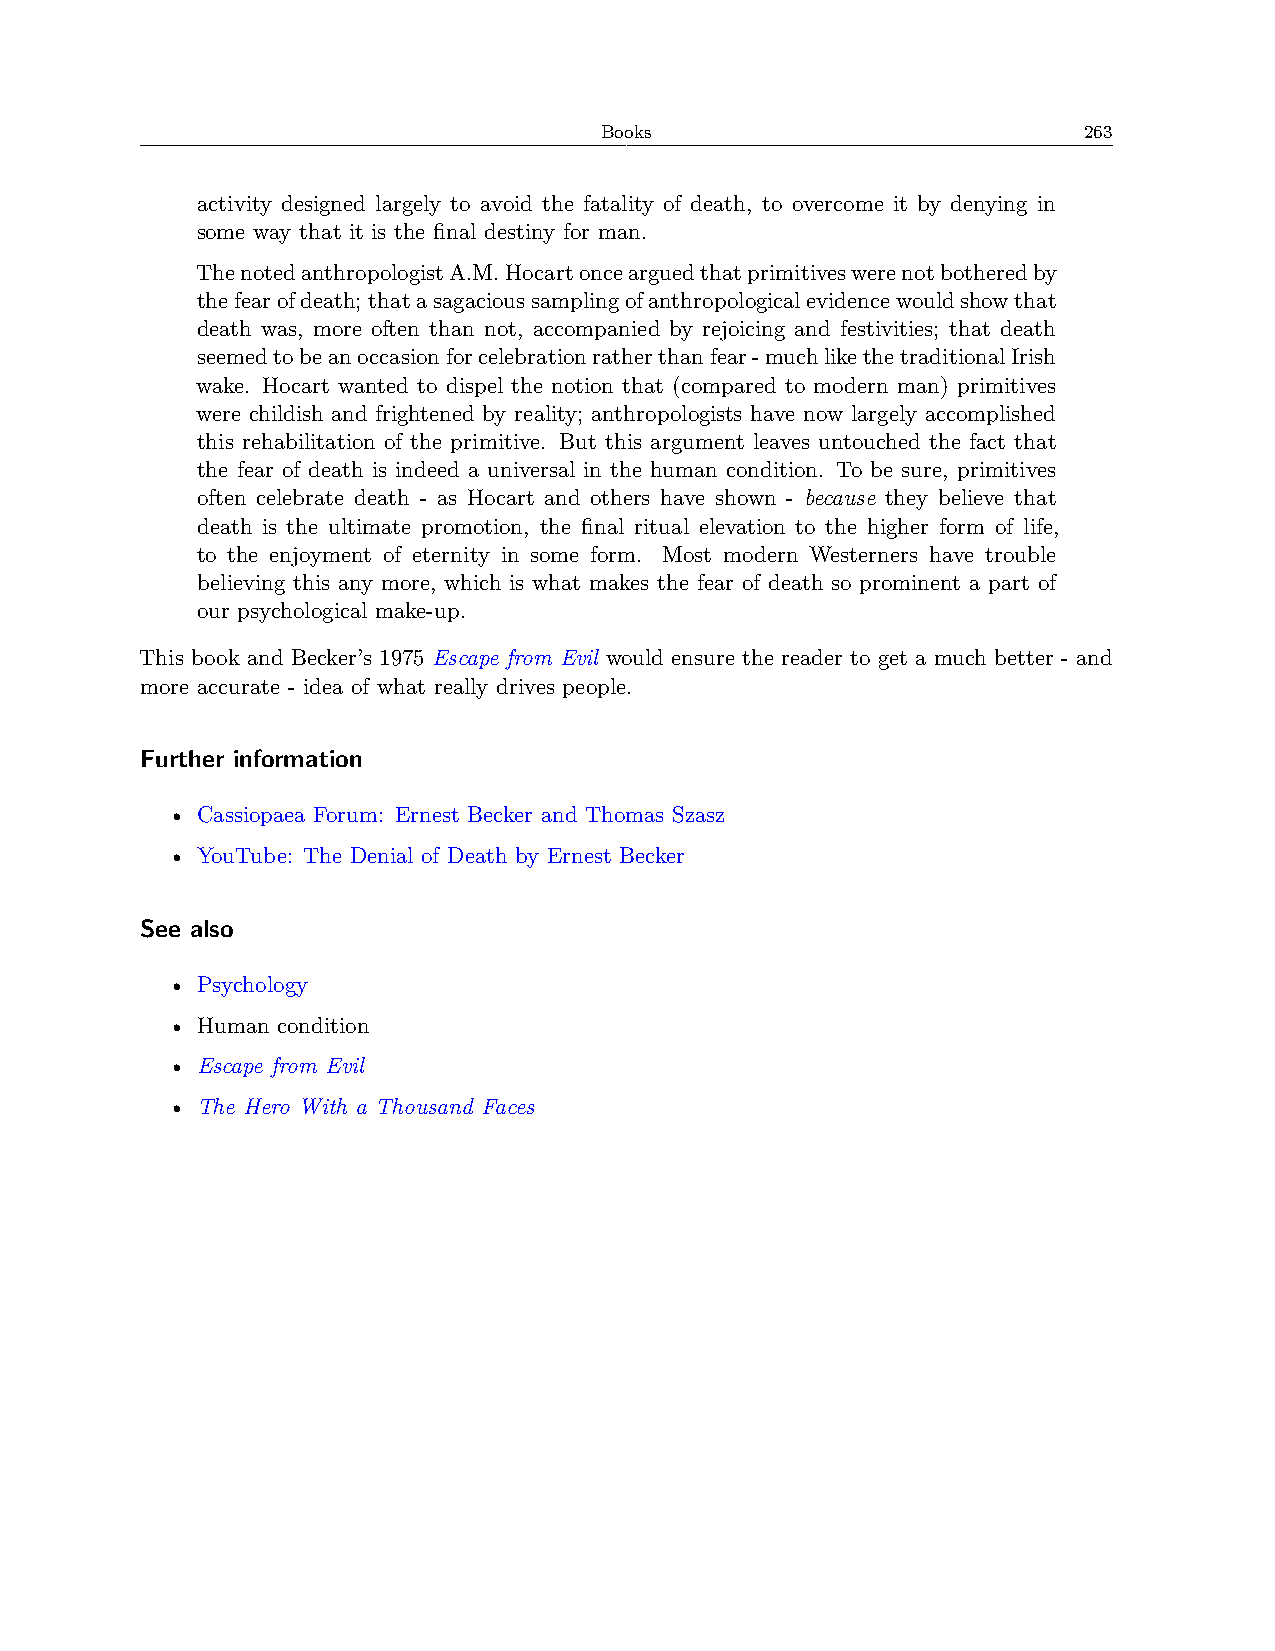
Books                           263
 activity designed largely to avoid the fatality of death, to overcome it by denying in
 some way that it is the final destiny for man.
 ThenotedanthropologistA.M.Hocartoncearguedthatprimitiveswerenotbotheredby
 thefearofdeath;thatasagacioussamplingofanthropologicalevidencewouldshowthat
 death was, more often than not, accompanied by rejoicing and festivities; that death
 seemedtobeanoccasionforcelebrationratherthanfear-muchlikethetraditionalIrish
 wake. Hocart wanted to dispel the notion that (compared to modern man) primitives
 were childish and frightened by reality; anthropologists have now largely accomplished
 this rehabilitation of the primitive. But this argument leaves untouched the fact that
 the fear of death is indeed a universal in the human condition. To be sure, primitives
 often celebrate death - as Hocart and others have shown - because they believe that
 death is the ultimate promotion, the final ritual elevation to the higher form of life,
 to the enjoyment of eternity in some form. Most modern Westerners have trouble
 believing this any more, which is what makes the fear of death so prominent a part of
 our psychological make-up.
 This book and Becker’s 1975 Escape from Evil would ensure the reader to get a much better - and
 more accurate - idea of what really drives people.
 Further information
 • Cassiopaea Forum: Ernest Becker and Thomas Szasz
 • YouTube: The Denial of Death by Ernest Becker
 See also
 • Psychology
 • Human condition
 • Escape from Evil
 • The Hero With a Thousand Faces